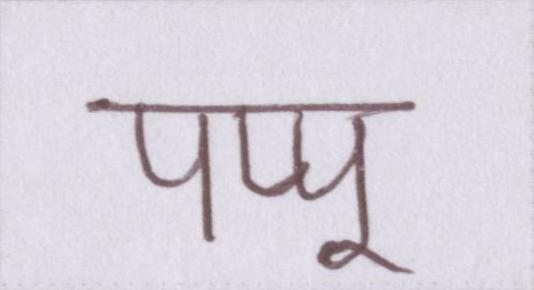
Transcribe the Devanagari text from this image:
पप्पू